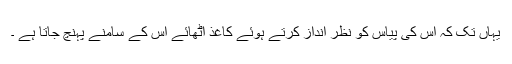
یہاں تک کہ اس کی پیاس کو نظر انداز کرتے ہوئے کاغذ اٹھائے اس کے سامنے پہنچ جاتا ہے ۔